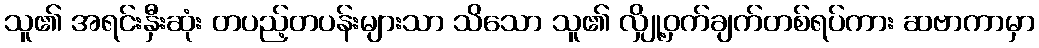
သူ၏ အရင်းနှီးဆုံး တပည့်တပန်းများသာ သိသော သူ၏ လျှို့ဝှက်ချက်တစ်ရပ်ကား ဆဗာကာမှာ